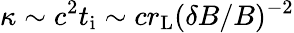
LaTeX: \kappa\sim c^{2}t_{\mathrm{i}}\sim cr_{\mathrm{L}}(\delta B/B)^{-2}